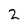
Character: 2